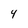
Character: 4